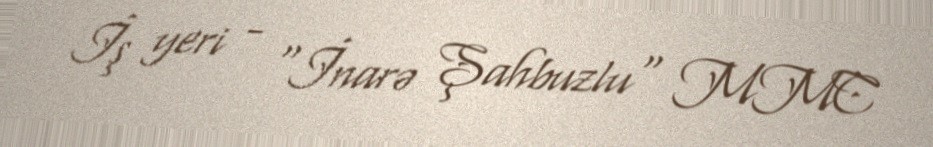
İş yeri - "İnarə Şahbuzlu" MMC